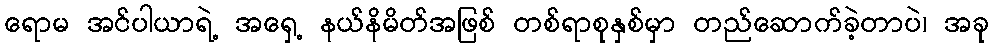
ရောမ အင်ပါယာရဲ့ အရှေ့ နယ်နိမိတ်အဖြစ် တစ်ရာစုနှစ်မှာ တည်ဆောက်ခဲ့တာပဲ၊ အခု